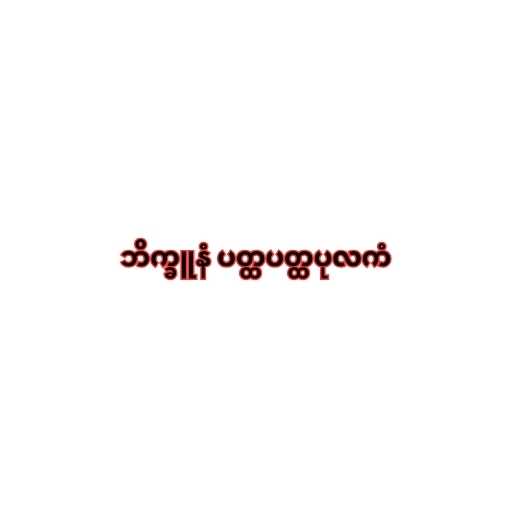
ဘိက္ခူနံ ပတ္ထပတ္ထပုလကံ